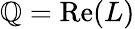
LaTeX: \mathbb{Q}={\mathrm{{Re}}}(L)